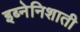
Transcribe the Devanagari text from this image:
इब्नेनिशाती